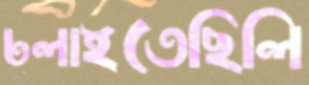
ঢলাইতেছিলি